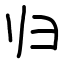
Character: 归